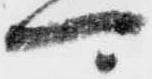
可